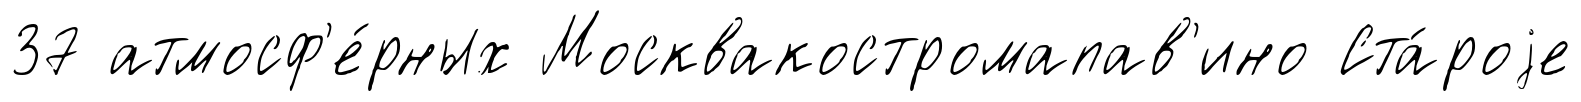
37 атмосф'е́рных Москвакостромапав'ино Ста́роjе